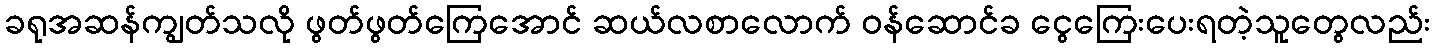
ခရုအဆန်ကျွတ်သလို ဖွတ်ဖွတ်ကြေအောင် ဆယ်လစာလောက် ဝန်ဆောင်ခ ငွေကြေးပေးရတဲ့သူတွေလည်း